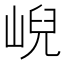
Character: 𡸣